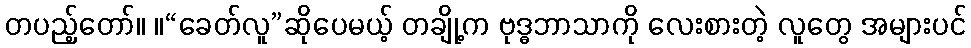
တပည့်တော်။ ။“ခေတ်လူ”ဆိုပေမယ့် တချို့က ဗုဒ္ဓဘာသာကို လေးစားတဲ့ လူတွေ အများပင်